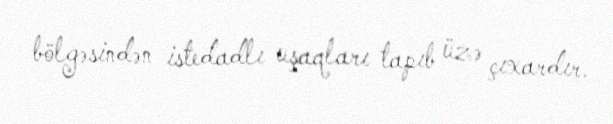
bölgəsindən istedadlı uşaqları tapıb üzə çıxardır.